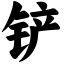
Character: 铲